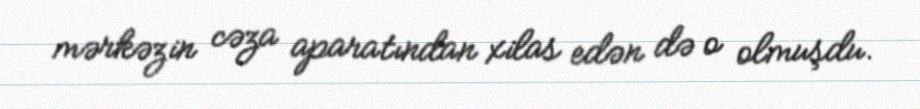
mərkəzin cəza aparatından xilas edən də o olmuşdu.